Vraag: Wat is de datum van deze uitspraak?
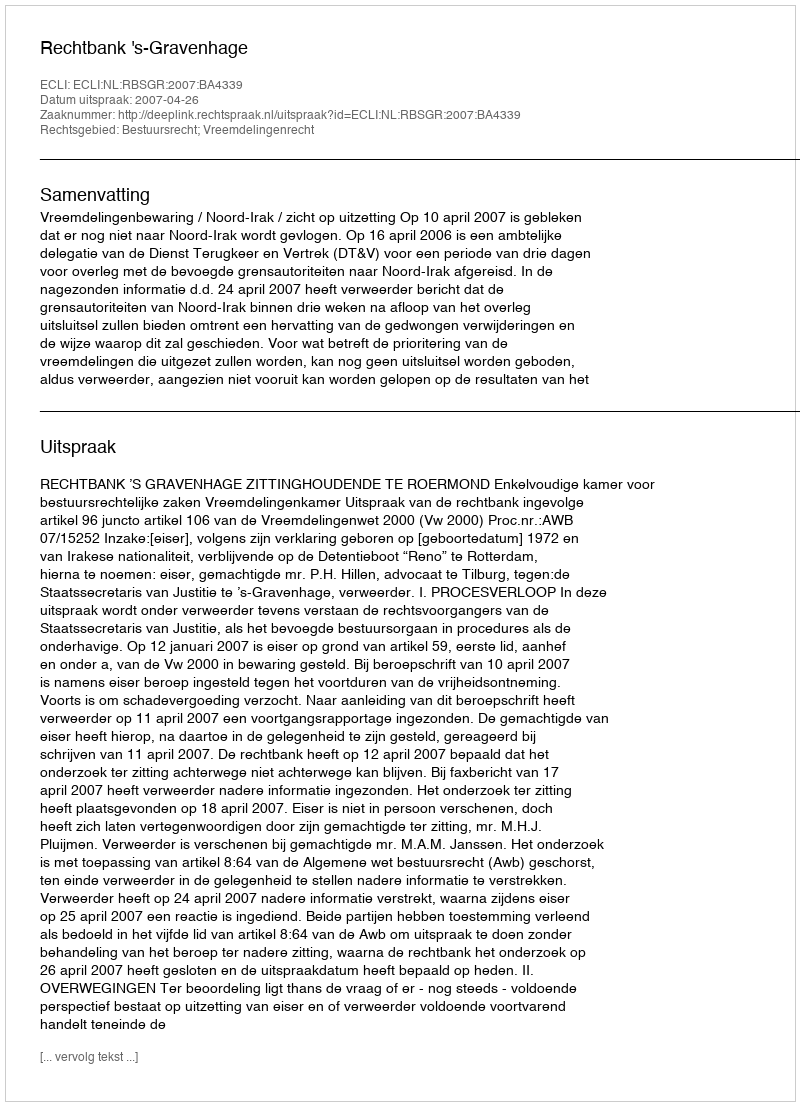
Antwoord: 2007-04-26